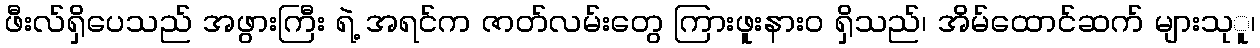
ဖီးလ်ရှိပေသည် အဖွားကြီး ရဲ့ အရင်က ဇာတ်လမ်းတွေ ကြားဖူးနားဝ ရှိသည်၊ အိမ်ထောင်ဆက် များသုူ၊